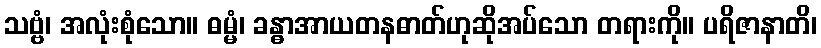
သဗ္ဗံ၊ အလုံးစုံသော။ ဓမ္မံ၊ ခန္ဓာအာယတနဓာတ်ဟုဆိုအပ်သော တရားကို။ ပရိဇာနာတိ၊